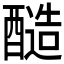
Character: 𮡀